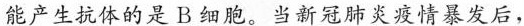
能产生抗体的是B细胞。当新冠肺炎疫情暴发后，